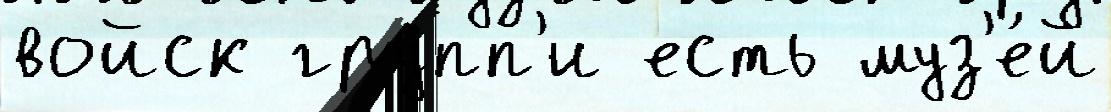
войск групп'и есть муз'е́й